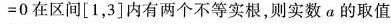
=0在区间\left [ 1，3 \right ] 内有两个不等实根，则实数α的取值